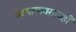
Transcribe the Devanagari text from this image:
वेश्याव्यवसायही